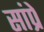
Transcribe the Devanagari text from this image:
सांप्रे